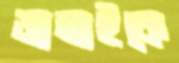
জামাইকে